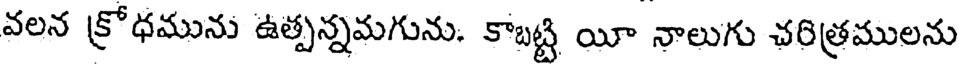
వలన క్రోధమును ఉత్పన్నమగును. కాబట్టి యీ నాలుగు చరిత్రములను